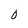
Character: 0